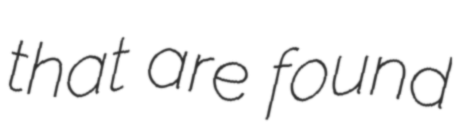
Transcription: that are found